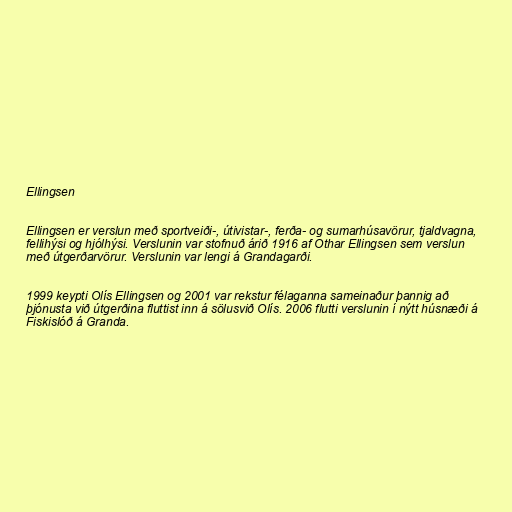
Ellingsen

Ellingsen er verslun með sportveiði-, útivistar-, ferða- og sumarhúsavörur, tjaldvagna,
fellihýsi og hjólhýsi. Verslunin var stofnuð árið 1916 af Othar Ellingsen sem verslun
með útgerðarvörur. Verslunin var lengi á Grandagarði.

1999 keypti Olís Ellingsen og 2001 var rekstur félaganna sameinaður þannig að
þjónusta við útgerðina fluttist inn á sölusvið Olís. 2006 flutti verslunin í nýtt húsnæði á
Fiskislóð á Granda.